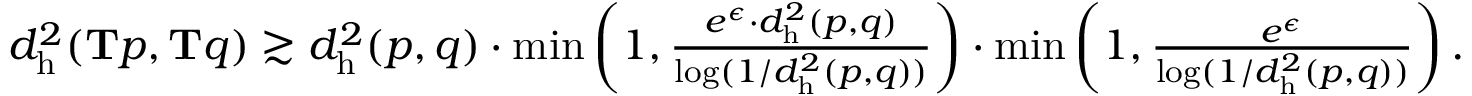
\begin{array} { r } { d _ { \mathrm { h } } ^ { 2 } ( \mathbf { T } p , \mathbf { T } q ) \gtrsim d _ { \mathrm { h } } ^ { 2 } ( p , q ) \cdot \operatorname* { m i n } \left( 1 , \frac { e ^ { \epsilon } \cdot d _ { \mathrm { h } } ^ { 2 } ( p , q ) } { \log ( 1 / d _ { \mathrm { h } } ^ { 2 } ( p , q ) ) } \right) \cdot \operatorname* { m i n } \left( 1 , \frac { e ^ { \epsilon } } { \log ( 1 / d _ { \mathrm { h } } ^ { 2 } ( p , q ) ) } \right) . } \end{array}